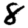
Digit: 8